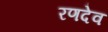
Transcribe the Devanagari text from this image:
रणदेव